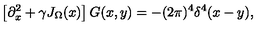
\left[ \partial _ { x } ^ { 2 } + \gamma J _ { \Omega } ( x ) \right] G ( x , y ) = - ( 2 \pi ) ^ { 4 } \delta ^ { 4 } ( x - y ) ,